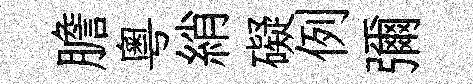
膽粵綃礙例彌